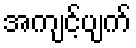
အကျင့်ပျက်